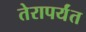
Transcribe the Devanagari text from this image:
तेरापर्यंत